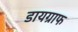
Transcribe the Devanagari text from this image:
डायग्राफ